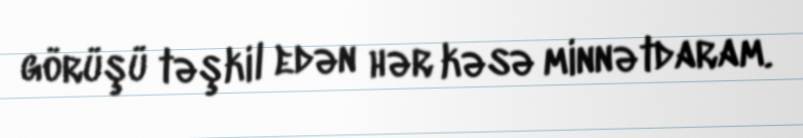
görüşü təşkil edən hər kəsə minnətdaram.